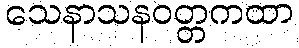
သေနာသနဝတ္တကထာ